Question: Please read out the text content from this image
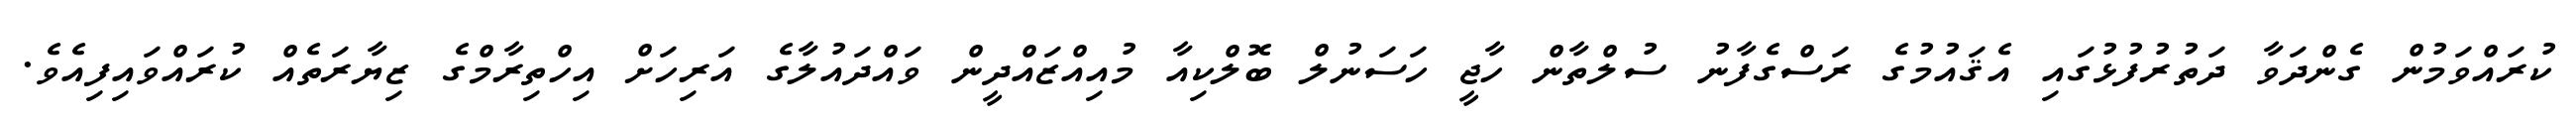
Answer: ކުރައްވަމުން ގެންދަވާ ދަތުރުފުޅުގައި އެޤައުމުގެ ރަސްގެފާނު ސުލްތާން ހާޖީ ހަސަނުލް ބޮލްކިއާ މުއިއްޒައްދީން ވައްދައުލާގެ އަރިހަށް އިހްތިރާމްގެ ޒިޔާރަތެއް ކުރައްވައިފިއެވެ.